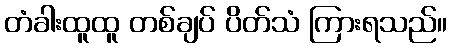
တံခါးထူထူ တစ်ချပ် ပိတ်သံ ကြားရသည်။